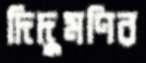
দিদুমণির